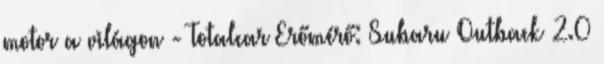
motor a világon - Totalcar Erőmérő: Subaru Outback 2.0